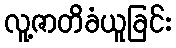
လူ့ဇာတိခံယူခြင်း